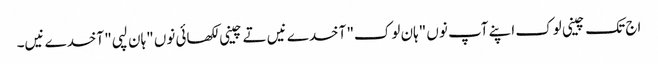
اج تک چینی لوک اپنے آپ نوں "ہان لوک" آخدے نیں تے چینی لکھائی نوں "ہان لپی" آخدے نیں۔